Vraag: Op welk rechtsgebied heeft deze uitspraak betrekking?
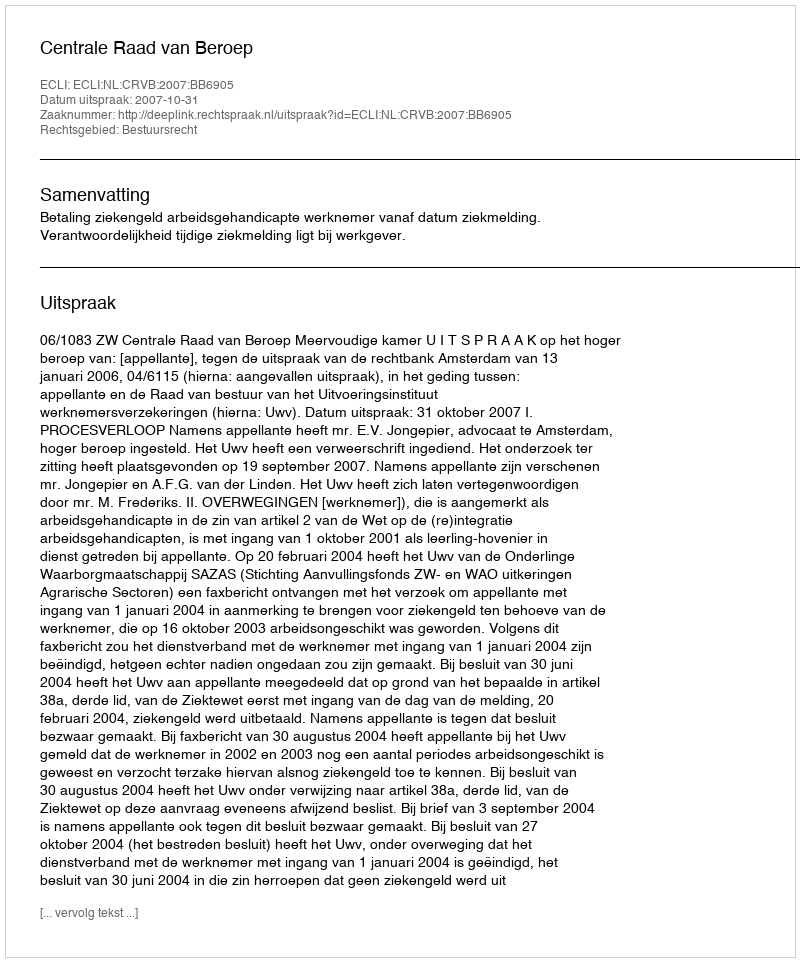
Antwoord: Bestuursrecht